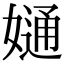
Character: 𡠙